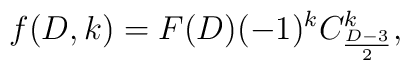
f(D,k)=F(D)(-1)^{k}C^{k}_{\frac{D-3}{2}},